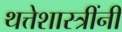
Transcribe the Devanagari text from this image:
थत्तेशास्त्रींनी